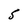
Character: S